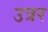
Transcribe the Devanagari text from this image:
उत्रर